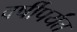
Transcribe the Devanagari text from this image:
वर्षीपर्यंत